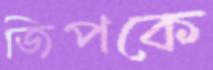
জিপকে